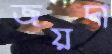
জয়দা